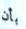
بأن